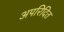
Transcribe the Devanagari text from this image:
अपरिदित